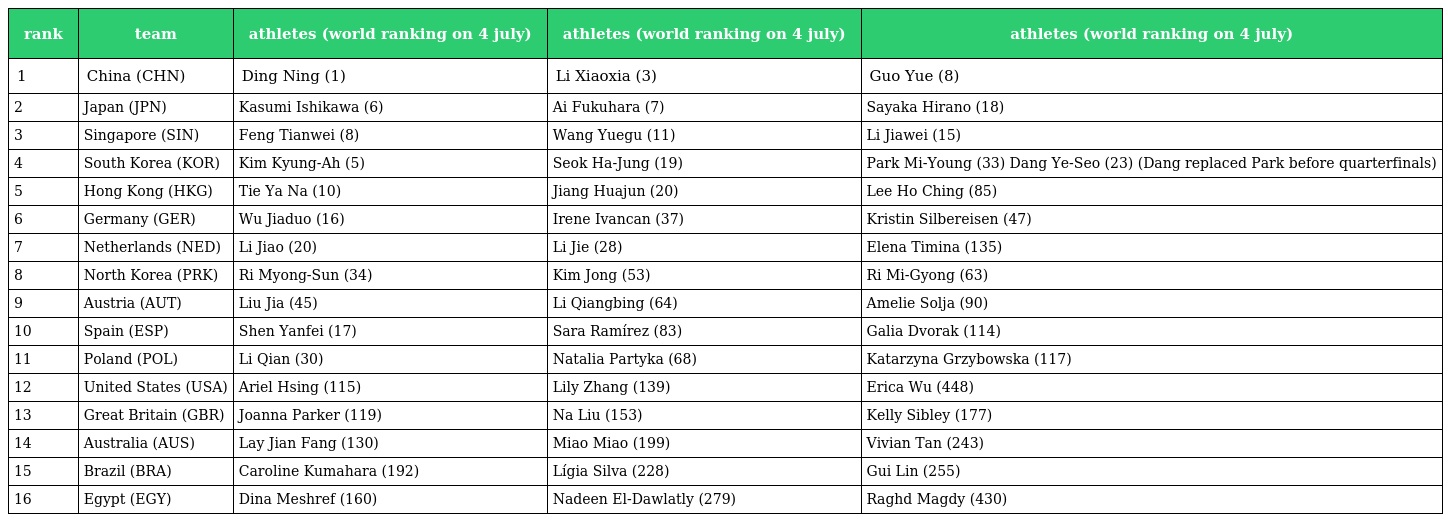
| rank | team | athletes (world ranking on 4 july) | athletes (world ranking on 4 july) | athletes (world ranking on 4 july) |
 | --- | --- | --- | --- | --- |
 | 1 | China (CHN) | Ding Ning (1) | Li Xiaoxia (3) | Guo Yue (8) |
 | 2 | Japan (JPN) | Kasumi Ishikawa (6) | Ai Fukuhara (7) | Sayaka Hirano (18) |
 | 3 | Singapore (SIN) | Feng Tianwei (8) | Wang Yuegu (11) | Li Jiawei (15) |
 | 4 | South Korea (KOR) | Kim Kyung-Ah (5) | Seok Ha-Jung (19) | Park Mi-Young (33) Dang Ye-Seo (23) (Dang replaced Park before quarterfinals) |
 | 5 | Hong Kong (HKG) | Tie Ya Na (10) | Jiang Huajun (20) | Lee Ho Ching (85) |
 | 6 | Germany (GER) | Wu Jiaduo (16) | Irene Ivancan (37) | Kristin Silbereisen (47) |
 | 7 | Netherlands (NED) | Li Jiao (20) | Li Jie (28) | Elena Timina (135) |
 | 8 | North Korea (PRK) | Ri Myong-Sun (34) | Kim Jong (53) | Ri Mi-Gyong (63) |
 | 9 | Austria (AUT) | Liu Jia (45) | Li Qiangbing (64) | Amelie Solja (90) |
 | 10 | Spain (ESP) | Shen Yanfei (17) | Sara Ramírez (83) | Galia Dvorak (114) |
 | 11 | Poland (POL) | Li Qian (30) | Natalia Partyka (68) | Katarzyna Grzybowska (117) |
 | 12 | United States (USA) | Ariel Hsing (115) | Lily Zhang (139) | Erica Wu (448) |
 | 13 | Great Britain (GBR) | Joanna Parker (119) | Na Liu (153) | Kelly Sibley (177) |
 | 14 | Australia (AUS) | Lay Jian Fang (130) | Miao Miao (199) | Vivian Tan (243) |
 | 15 | Brazil (BRA) | Caroline Kumahara (192) | Lígia Silva (228) | Gui Lin (255) |
 | 16 | Egypt (EGY) | Dina Meshref (160) | Nadeen El-Dawlatly (279) | Raghd Magdy (430) |